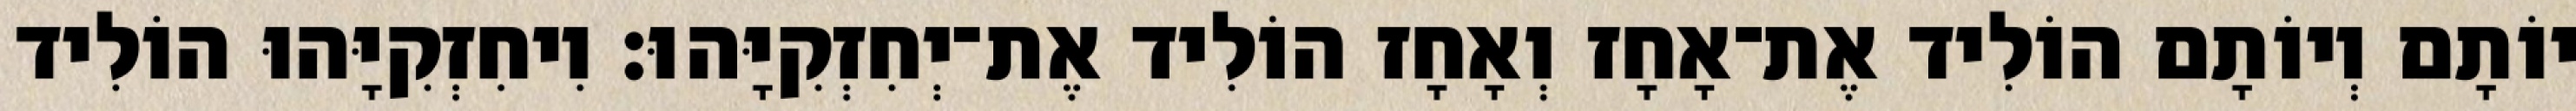
יוֹתָם וְיוֹתָם הוֹלִיד אֶת־אָחָז וְאָחָז הוֹלִיד אֶת־יְחִזְקִיָּהוּ׃ וִיחִזְקִיָּהוּ הוֹלִיד